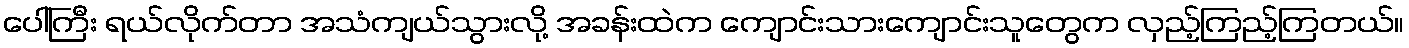
ပေါ်ကြီး ရယ်လိုက်တာ အသံကျယ်သွားလို့ အခန်းထဲက ကျောင်းသားကျောင်းသူတွေက လှည့်ကြည့်ကြတယ်။